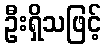
ဦးရှိသဖြင့်